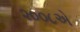
૨૦૦૮એ